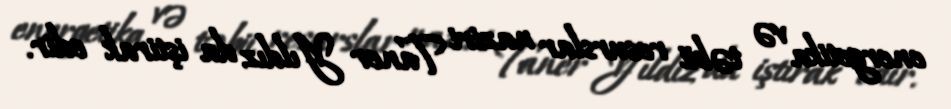
energetika və təbii resurslar naziri Taner Yıldız da iştirak edir.